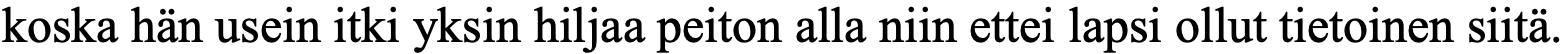
koska hän usein itki yksin hiljaa peiton alla niin ettei lapsi ollut tietoinen siitä.